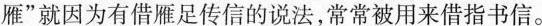
雁”就因为有借雁足传信的说法，常常被用来借指书信。